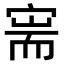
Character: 𫳟